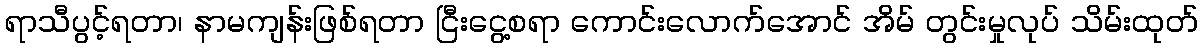
ရာသီပွင့်ရတာ၊ နာမကျန်းဖြစ်ရတာ ငြီးငွေ့စရာ ကောင်းလောက်အောင် အိမ် တွင်းမှုလုပ် သိမ်းထုတ်